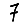
Digit: 7